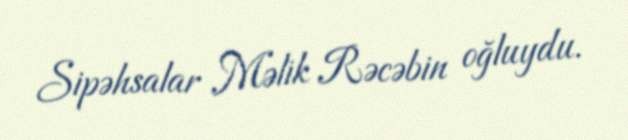
Sipəhsalar Məlik Rəcəbin oğluydu.